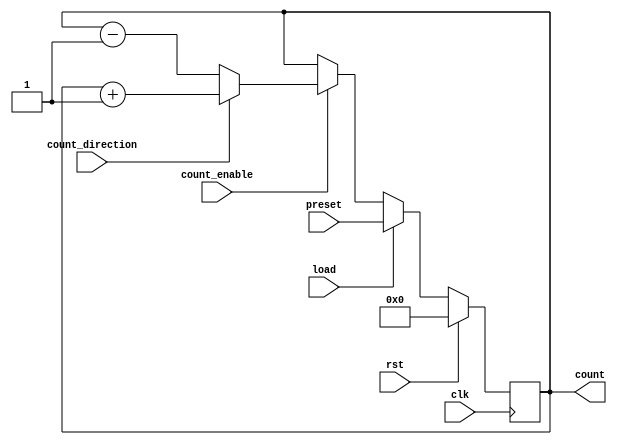
module SynchronousLoadCounter #(
    parameter WIDTH = 8 // Width of the counter (number of bits)
) (
    input wire clk,                // Clock signal
    input wire rst,                // Reset signal (active high)
    input wire load,               // Load signal (active high)
    input wire [WIDTH-1:0] preset, // Preset value to load into counter
    input wire count_enable,       // Count enable signal
    input wire count_direction,     // Count direction (1 for up, 0 for down)
    output reg [WIDTH-1:0] count   // Current counter value
);

    // Synchronous process
    always @(posedge clk) begin
        if (rst) begin
            // Reset the counter to zero
            count <= 0;
        end else if (load) begin
            // Load the preset value
            count <= preset;
        end else if (count_enable) begin
            // Count up or down based on count_direction
            if (count_direction) begin
                // Count up
                count <= count + 1;
            end else begin
                // Count down
                count <= count - 1;
            end
        end
    end

endmodule